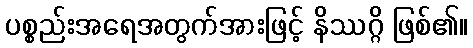
ပစ္စည်းအရေအတွက်အားဖြင့် နိဿဂ္ဂိ ဖြစ်၏။